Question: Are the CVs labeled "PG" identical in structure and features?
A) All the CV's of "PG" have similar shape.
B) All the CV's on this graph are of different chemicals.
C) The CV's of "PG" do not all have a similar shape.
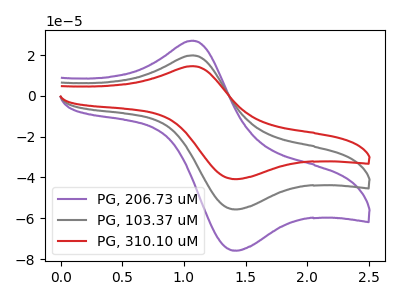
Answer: <think>The purple curve "PG, 206.73 uM" has an anodic peak at (1.10V, 27.05uA) and a cathodic peak at (1.45V, -75.85uA). The gray curve "PG, 103.37 uM" has an anodic peak at (1.10V, 19.85uA) and a cathodic peak at (1.45V, -55.65uA). The red curve "PG, 310.10 uM" has an anodic peak at (1.10V, 39.65uA) and a cathodic peak at (1.45V, -111.25uA).
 All the peaks in "PG, 206.73 uM" have a peak in "PG, 103.37 uM" at the same potential. Every peak in "PG, 206.73 uM" is higher than every peak in "PG, 103.37 uM". All the peaks in "PG, 206.73 uM" have a peak in "PG, 310.10 uM" at the same potential. Every peak in "PG, 206.73 uM" is lower than every peak in "PG, 310.10 uM". All the peaks in "PG, 103.37 uM" have a peak in "PG, 310.10 uM" at the same potential. Every peak in "PG, 103.37 uM" is lower than every peak in "PG, 310.10 uM".</think>
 <answer>A) All the CV's of "PG" have similar shape.</answer>
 <eval>A</eval>